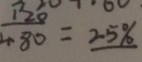
\frac { 1 2 0 } { 4 8 0 } = 2 5 \%